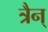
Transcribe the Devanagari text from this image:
त्रैन्